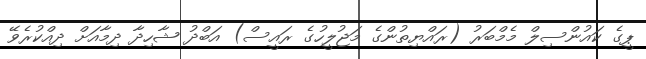
ޕީގެ ކައުންސިލް މެމްބަރު (ރައްޔިތުންގެ މަޖުލީހުގެ ރައީސް) އަބްދު ޝާހިދާ ދިމާއަށް ދިއްކުރެވޭ